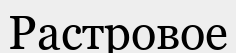
Растровое